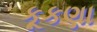
કૂકણા